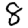
Digit: 8